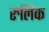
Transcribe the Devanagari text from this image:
रुलिक